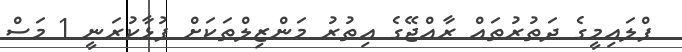
ފްލައިމީގެ ދަތުރުތައް ރާއްޖޭގެ އިތުރު މަންޒިލްތަކަށް ފުޅާކުރަނީ 1 މަސް